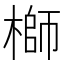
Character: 𬄁